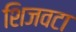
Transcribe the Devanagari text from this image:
शिजवटा